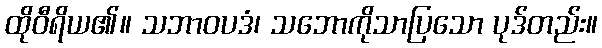
ထိုဝီရိယ၏။ သဘာဝပဒံ၊ သဘောကိုသာပြသော ပုဒ်တည်း။